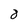
Character: 8